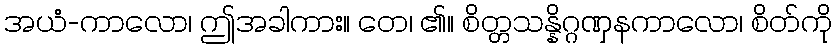
အယံ-ကာလော၊ ဤအခါကား။ တေ၊ ၏။ စိတ္တသန္နိဂ္ဂဏှနကာလော၊ စိတ်ကို